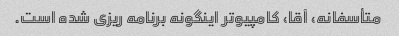
متأسفانه، آقا، کامپیوتر اینگونه برنامه ریزی شده است.